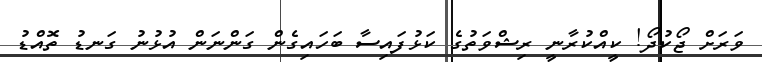
ވަރަށް ޖޯކުދޯ! ކީއްކުރާނީ ރިޝްވަތުގެ ކަޅުފައިސާ ބަހައިގެން ގަންނަން އުޅުނު ގަނޑު ތޮއްޑު